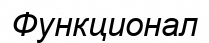
Функционал